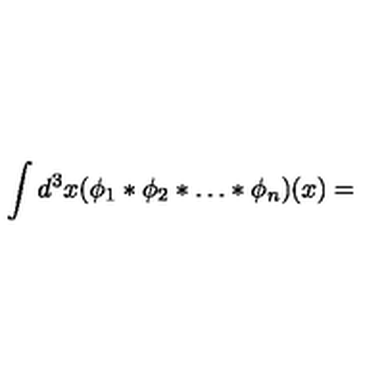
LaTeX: \int d ^ { 3 } x ( \phi _ { 1 } * \phi _ { 2 } * \ldots * \phi _ { n } ) ( x ) =